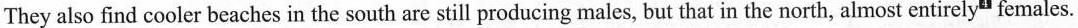
They also find cooler beaches in the south are still producing males, but that in the north, almost entirely" females.